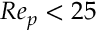
R e _ { p } < 2 5